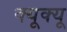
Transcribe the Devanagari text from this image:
क्यूक्यू